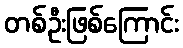
တစ်ဦးဖြစ်ကြောင်း